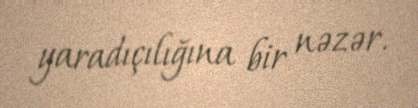
yaradıçılığına bir nəzər.